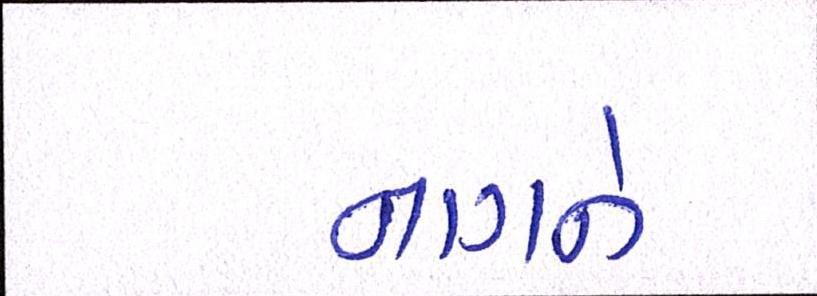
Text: નાગને